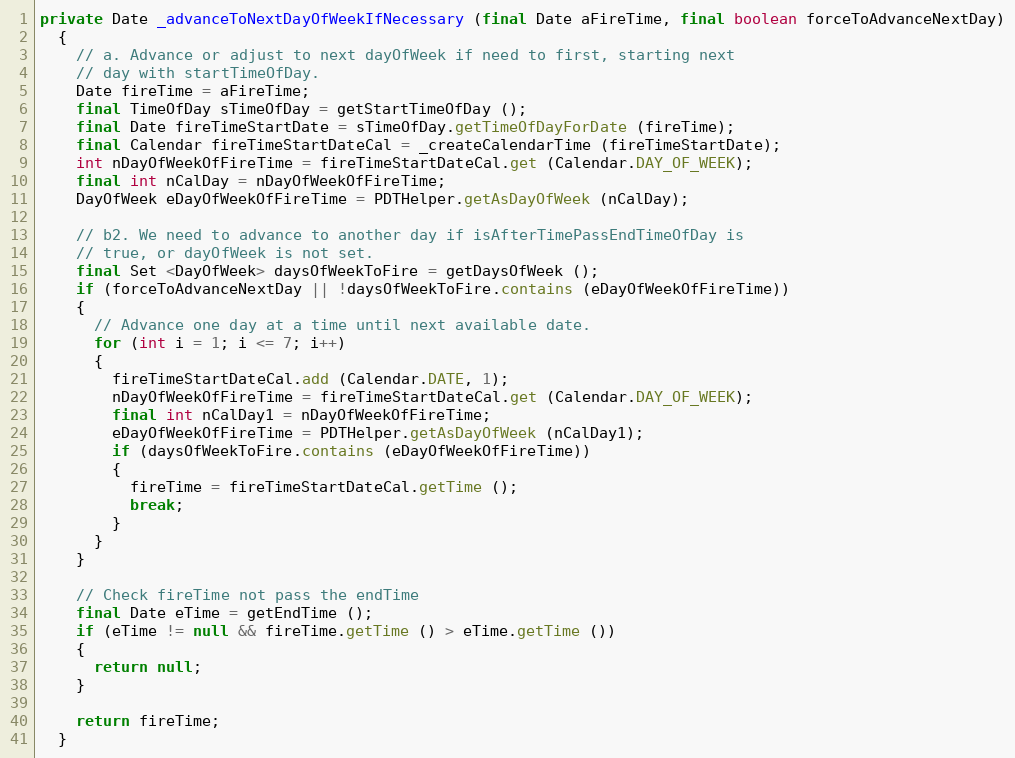
Language: Java
private Date _advanceToNextDayOfWeekIfNecessary (final Date aFireTime, final boolean forceToAdvanceNextDay)
  {
    // a. Advance or adjust to next dayOfWeek if need to first, starting next
    // day with startTimeOfDay.
    Date fireTime = aFireTime;
    final TimeOfDay sTimeOfDay = getStartTimeOfDay ();
    final Date fireTimeStartDate = sTimeOfDay.getTimeOfDayForDate (fireTime);
    final Calendar fireTimeStartDateCal = _createCalendarTime (fireTimeStartDate);
    int nDayOfWeekOfFireTime = fireTimeStartDateCal.get (Calendar.DAY_OF_WEEK);
    final int nCalDay = nDayOfWeekOfFireTime;
    DayOfWeek eDayOfWeekOfFireTime = PDTHelper.getAsDayOfWeek (nCalDay);

    // b2. We need to advance to another day if isAfterTimePassEndTimeOfDay is
    // true, or dayOfWeek is not set.
    final Set <DayOfWeek> daysOfWeekToFire = getDaysOfWeek ();
    if (forceToAdvanceNextDay || !daysOfWeekToFire.contains (eDayOfWeekOfFireTime))
    {
      // Advance one day at a time until next available date.
      for (int i = 1; i <= 7; i++)
      {
        fireTimeStartDateCal.add (Calendar.DATE, 1);
        nDayOfWeekOfFireTime = fireTimeStartDateCal.get (Calendar.DAY_OF_WEEK);
        final int nCalDay1 = nDayOfWeekOfFireTime;
        eDayOfWeekOfFireTime = PDTHelper.getAsDayOfWeek (nCalDay1);
        if (daysOfWeekToFire.contains (eDayOfWeekOfFireTime))
        {
          fireTime = fireTimeStartDateCal.getTime ();
          break;
        }
      }
    }

    // Check fireTime not pass the endTime
    final Date eTime = getEndTime ();
    if (eTime != null && fireTime.getTime () > eTime.getTime ())
    {
      return null;
    }

    return fireTime;
  }